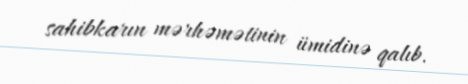
sahibkarın mərhəmətinin ümidinə qalıb.